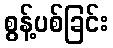
စွန့်ပစ်ခြင်း